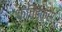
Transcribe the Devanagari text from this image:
क्विंटेक्स